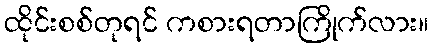
ထိုင်းစစ်တုရင် ကစားရတာကြိုက်လား။